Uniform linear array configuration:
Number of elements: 12
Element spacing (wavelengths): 1
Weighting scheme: uniform
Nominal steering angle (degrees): -30
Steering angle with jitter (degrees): -30.883
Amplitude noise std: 0.05
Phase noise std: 0.05

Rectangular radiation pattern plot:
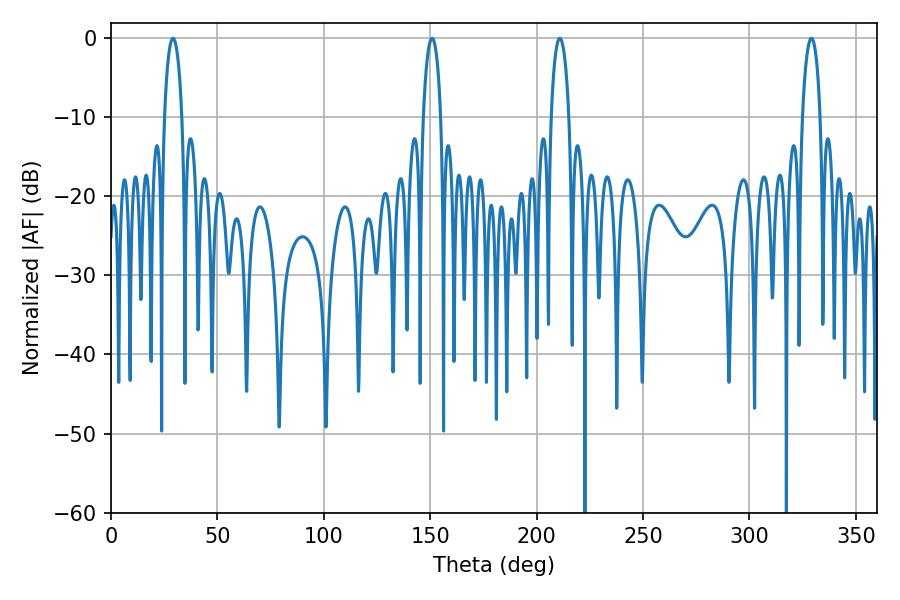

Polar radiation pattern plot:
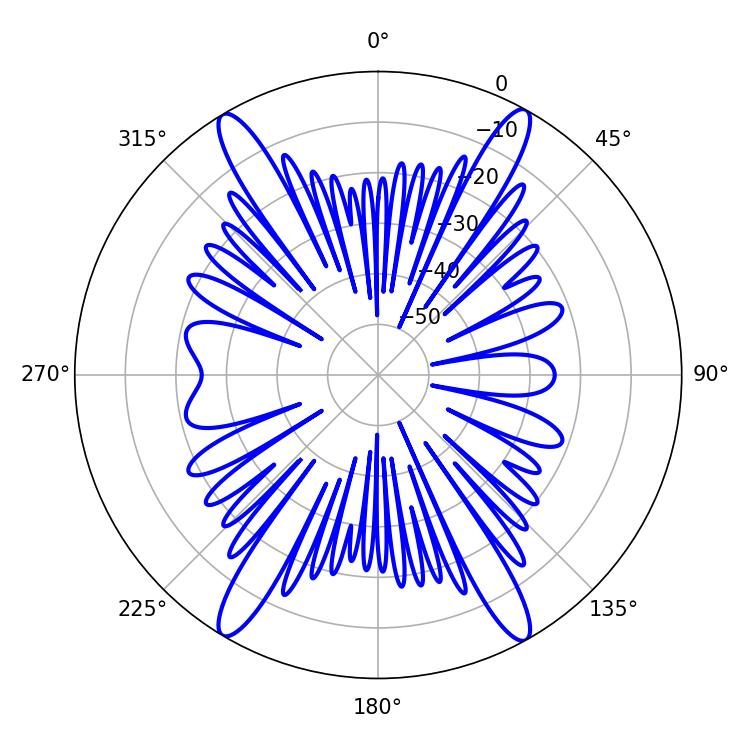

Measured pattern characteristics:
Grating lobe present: TRUE
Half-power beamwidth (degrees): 4.68
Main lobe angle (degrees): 29.16